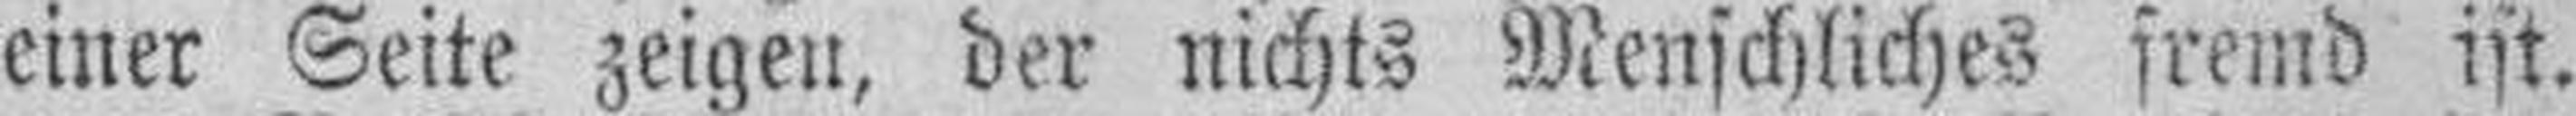
einer Seite zeigen, der nichts Menschliches fremd ist.